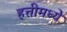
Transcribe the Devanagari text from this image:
हत्तीमध्ये